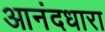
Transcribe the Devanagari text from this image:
आनंदधारा